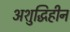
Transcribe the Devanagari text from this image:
अशुद्धिहीन